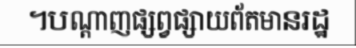
។បណ្តាញផ្សព្វផ្សាយព័តមានរដ្ឋ